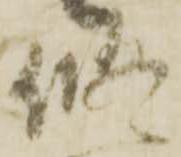
修